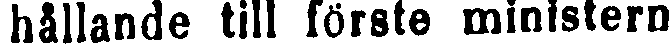
hållande till förste ministern.